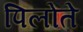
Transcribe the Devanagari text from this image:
पिलोते